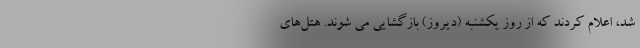
شد، اعلام کردند که از روز یکشنبه (دیروز) بازگشایی می شوند. هتل‌های